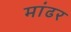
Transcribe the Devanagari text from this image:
मांढर